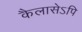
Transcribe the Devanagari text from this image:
कैलासेऽपि